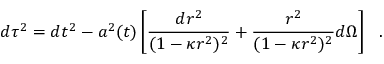
d \tau ^ { 2 } = d t ^ { 2 } - a ^ { 2 } ( t ) \left[ \frac { d r ^ { 2 } } { ( 1 - \kappa r ^ { 2 } ) ^ { 2 } } + \frac { r ^ { 2 } } { ( 1 - \kappa r ^ { 2 } ) ^ { 2 } } d \Omega \right] ~ ~ .